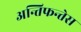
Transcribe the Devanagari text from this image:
अन्तिफन्तेस